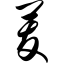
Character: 茇